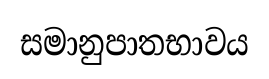
සමානුපාතභාවය